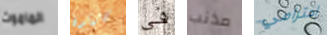
الماموث كارتون في مذنب إحترامي